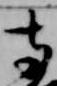
寺